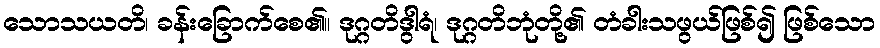
သောသယတိ၊ ခန်းခြောက်စေ၏။ ဒုဂ္ဂတိဒွါရံ၊ ဒုဂ္ဂတိဘုံတို့၏ တံခါးသဖွယ်ဖြစ်၍ ဖြစ်သော